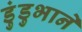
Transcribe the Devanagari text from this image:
डुंडुभाने